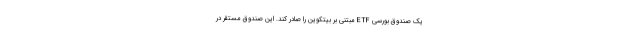
یک صندوق بورسی ETF مبتنی بر بیتکوین را صادر کند. این صندوق مستقر در